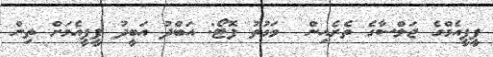
ޕީޕީއެމްގެ ޖަލްސާގެ ތެރެއިން  ވަގުތު ފޮޓޯ: އަބްދު އަބީދު ޕީޕީއެމަށް ތިން